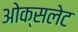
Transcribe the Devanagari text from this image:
ओक्सलेट